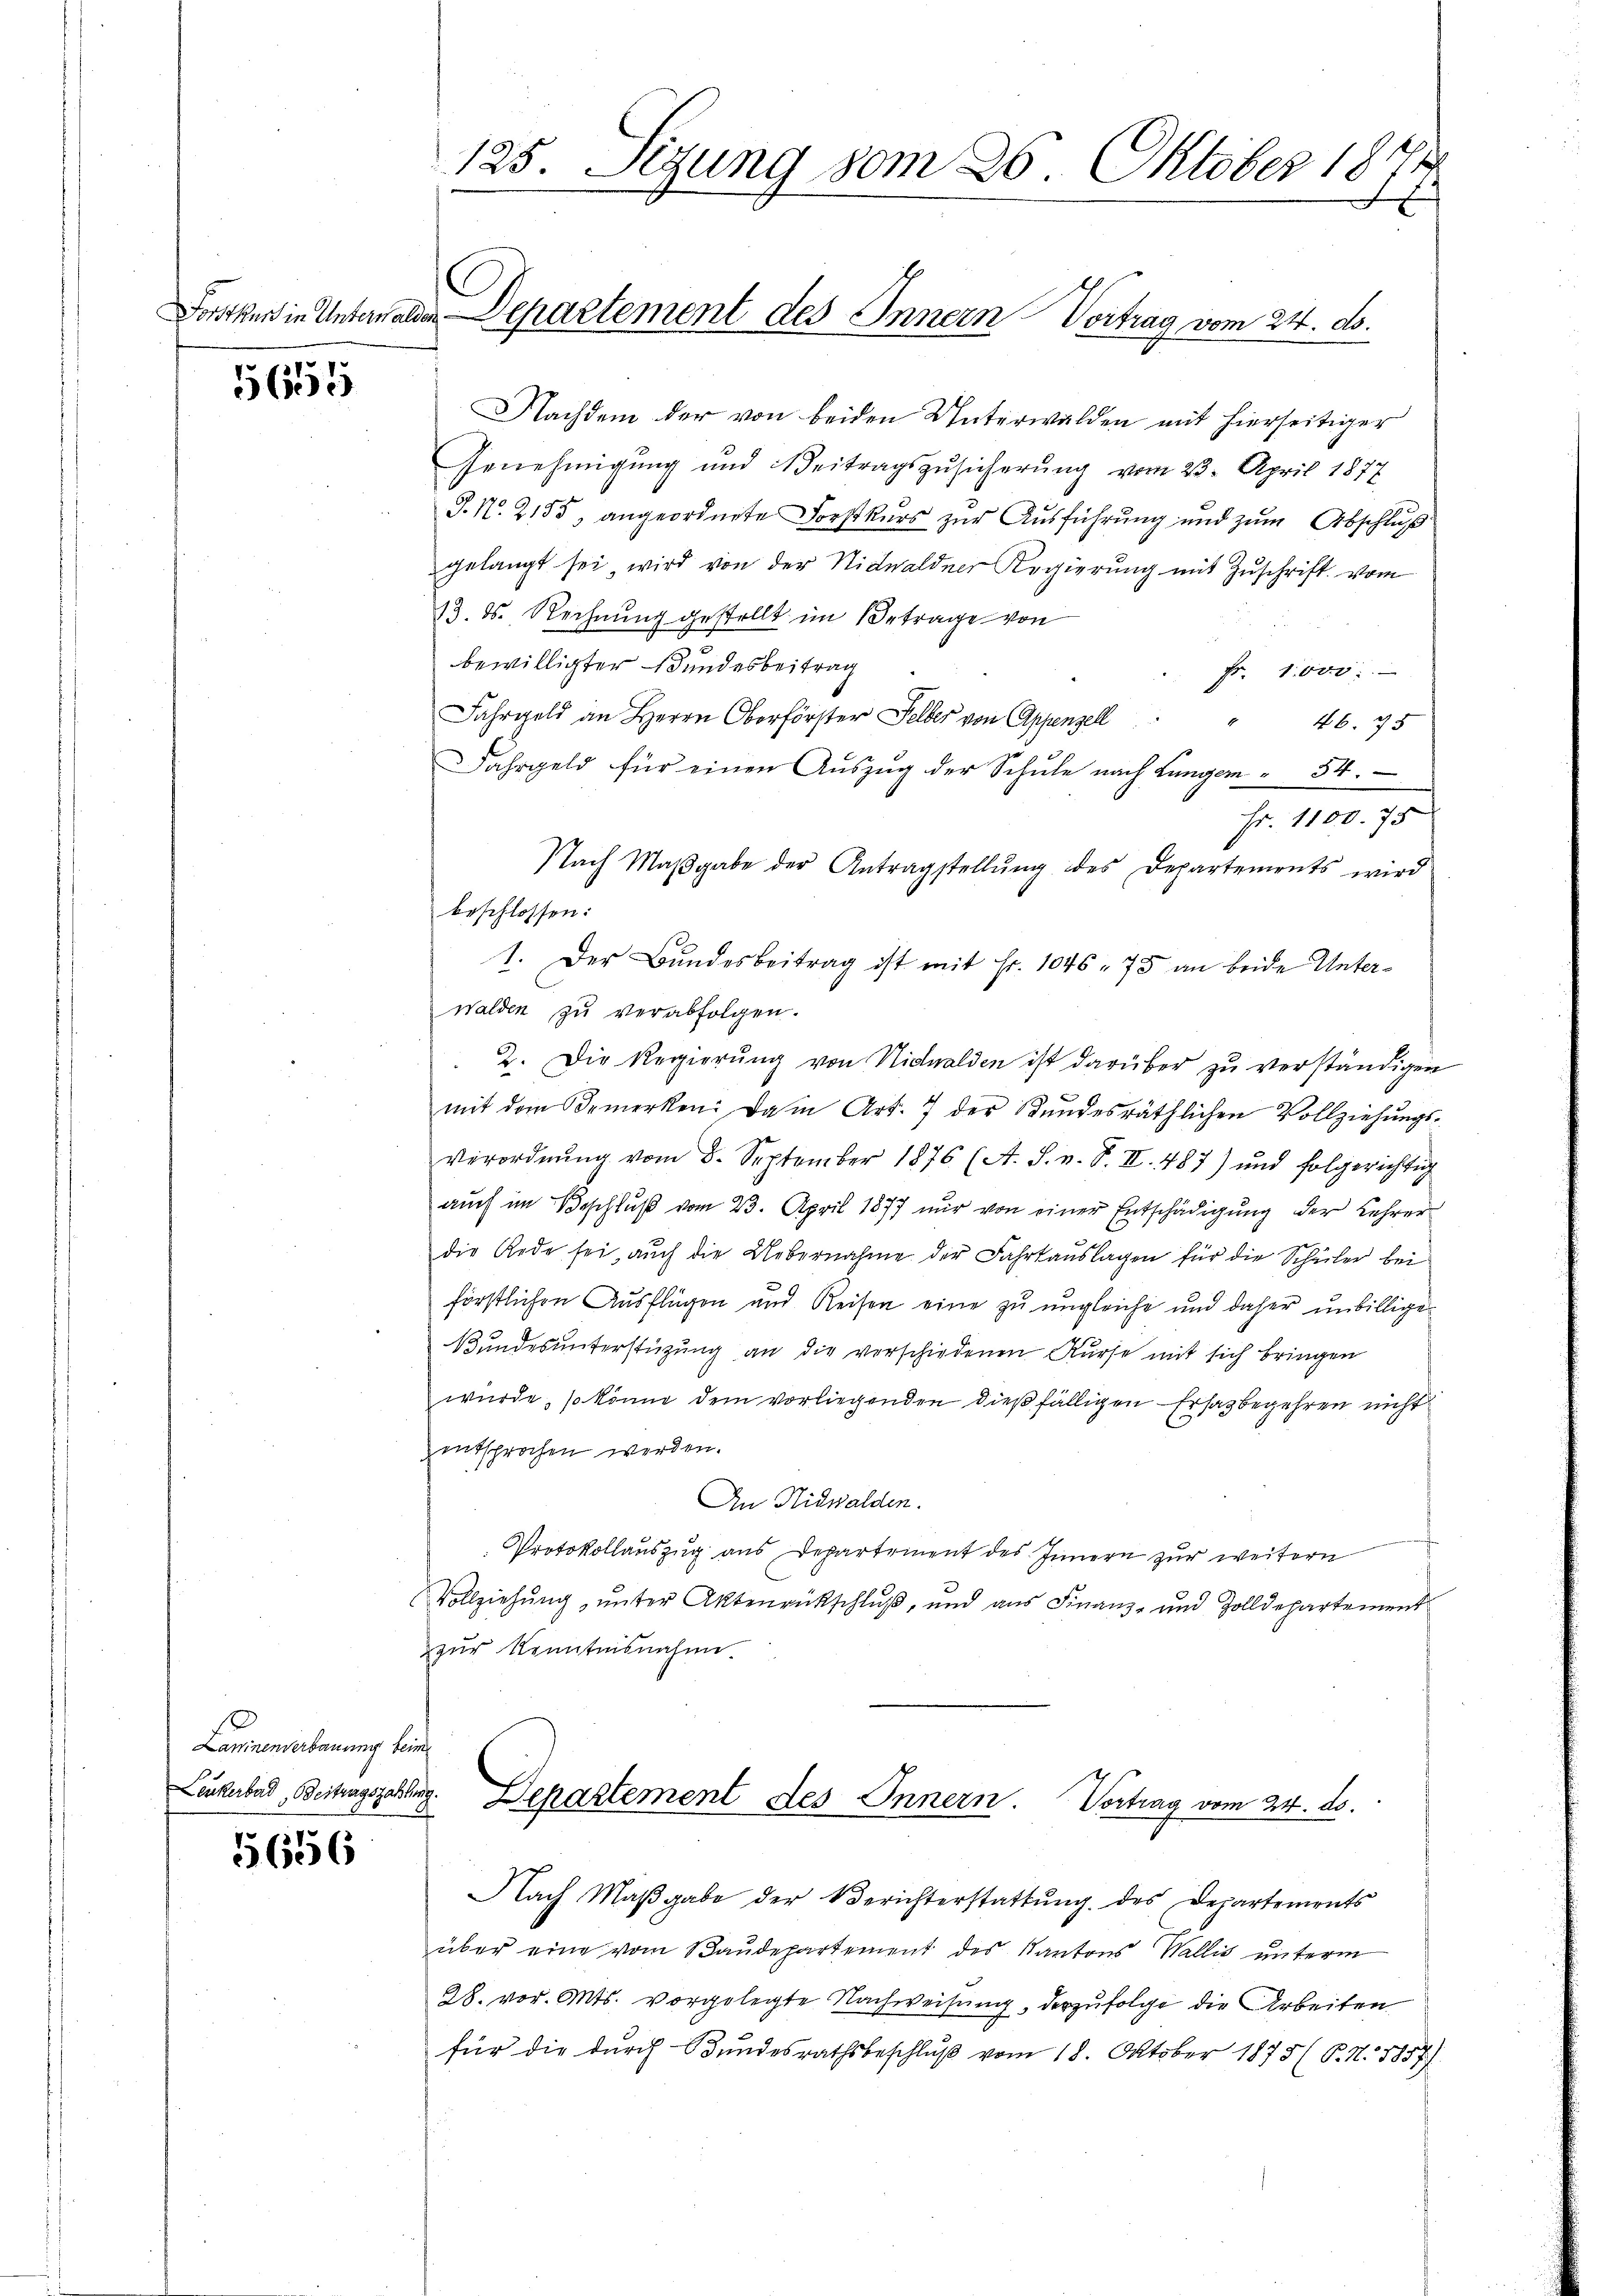
5655

15656

Nachdem der von beiden Unterwalden mit hierseitiger
Genehmigung und Beitragszusicherung vom 23. April 1877
J. N. 2155, angeordnete Forstkurs zur Ausführung und zum Abschluß
gelangt sei, wird von der Nidwaldner Regierŭng mit Zŭschrift vom
13. d. Rechnung gestellt im Betrage von
bewilligter Bundesbeitrag
Fr. 1000.
Fahrgeld an Herrn Oberförster Selber von Appenzell
" 46. 75
Fahrgeld für einen Aŭszŭg der Schŭle nach Lungen " 54.
Fr. 1100. 75
Nach Maβgabe der Antragstellŭng des Departements wird
beschlossen:
1. Der Bŭndesbeitrag ist mit Fr. 1046. 75 an beide Unter-
walden zu verabfolgen.
2. Die Regierung von Nidwalden ist darüber zu verständigen
mit dem Bemerken: Da in Art. 7 der Kundesräthlichen Vollziehungsverordnŭng vom 8. September 1876 (A. S. n. F. II. 487) und folgerichtig
aŭch im Beschlŭβ vom 23. April 1877 nur von einer Entschädigŭng der Lehrer
die Rede sei, auch die Uebernahme der Fahrtauslagen für die Schüler bei
förstlichen Ausflügen und Reisen eine zu ungleiche und daher unbillige
Bundes unterstüzung an die vorschiedenen Kurse mit sich bringen
würde, so könne dem vorliegenden dießfälligen Ersatbegehren nicht
entsprochen werden.
An Nidwalden.
Protokollauszug aus Departement des Innern zur weitern
Vollziehŭng ŭnter Aktenrückschlŭβ, und aŭs Finanz- und Zolldepartement
zur Kenntnisnahme

Launenverbauung keine
Leukerbad, Beitragszahlen.

125. Sizung vom 26. Oktober 1874

Forstkart in Unterwalde Departement des Innern Vortrag vom 24. ds.

Departement des Innern. Vortrag vom 24. ds.

Nach Maβgabe der Berichterstattŭng des Departements
über eine vom Baŭdepartement des Kantons Wallis unterm
28. vor. Mts. vorgelegte Nachweisung, derzufolge die Arbeiten
für die durch Bundesrathsbeschlŭβ vom 18. Oktober 1875 (P. N. 1857)